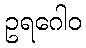
ဥရဂေါဝ